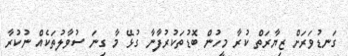
ގަނޑުވަރަށް ޒިޔާރަތް ކުރާ މީހުން ބޮޑުތަކުރުފާނާ ގުޅޭ މާ ގިނަ ސުވާލުތަކެއް ނުކުރާ